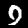
Digit: 9